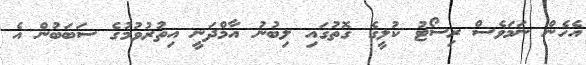
އެހެން ނަމަވެސް ރިސޯޓު ކުލީގެ ގޮތުގައި ލިބުނު އާމްދަނީ އިތުރުވުމުގެ ސަބަބުން އެ